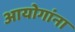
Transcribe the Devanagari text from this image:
आयोगांना